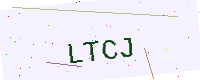
Text: LTCJ